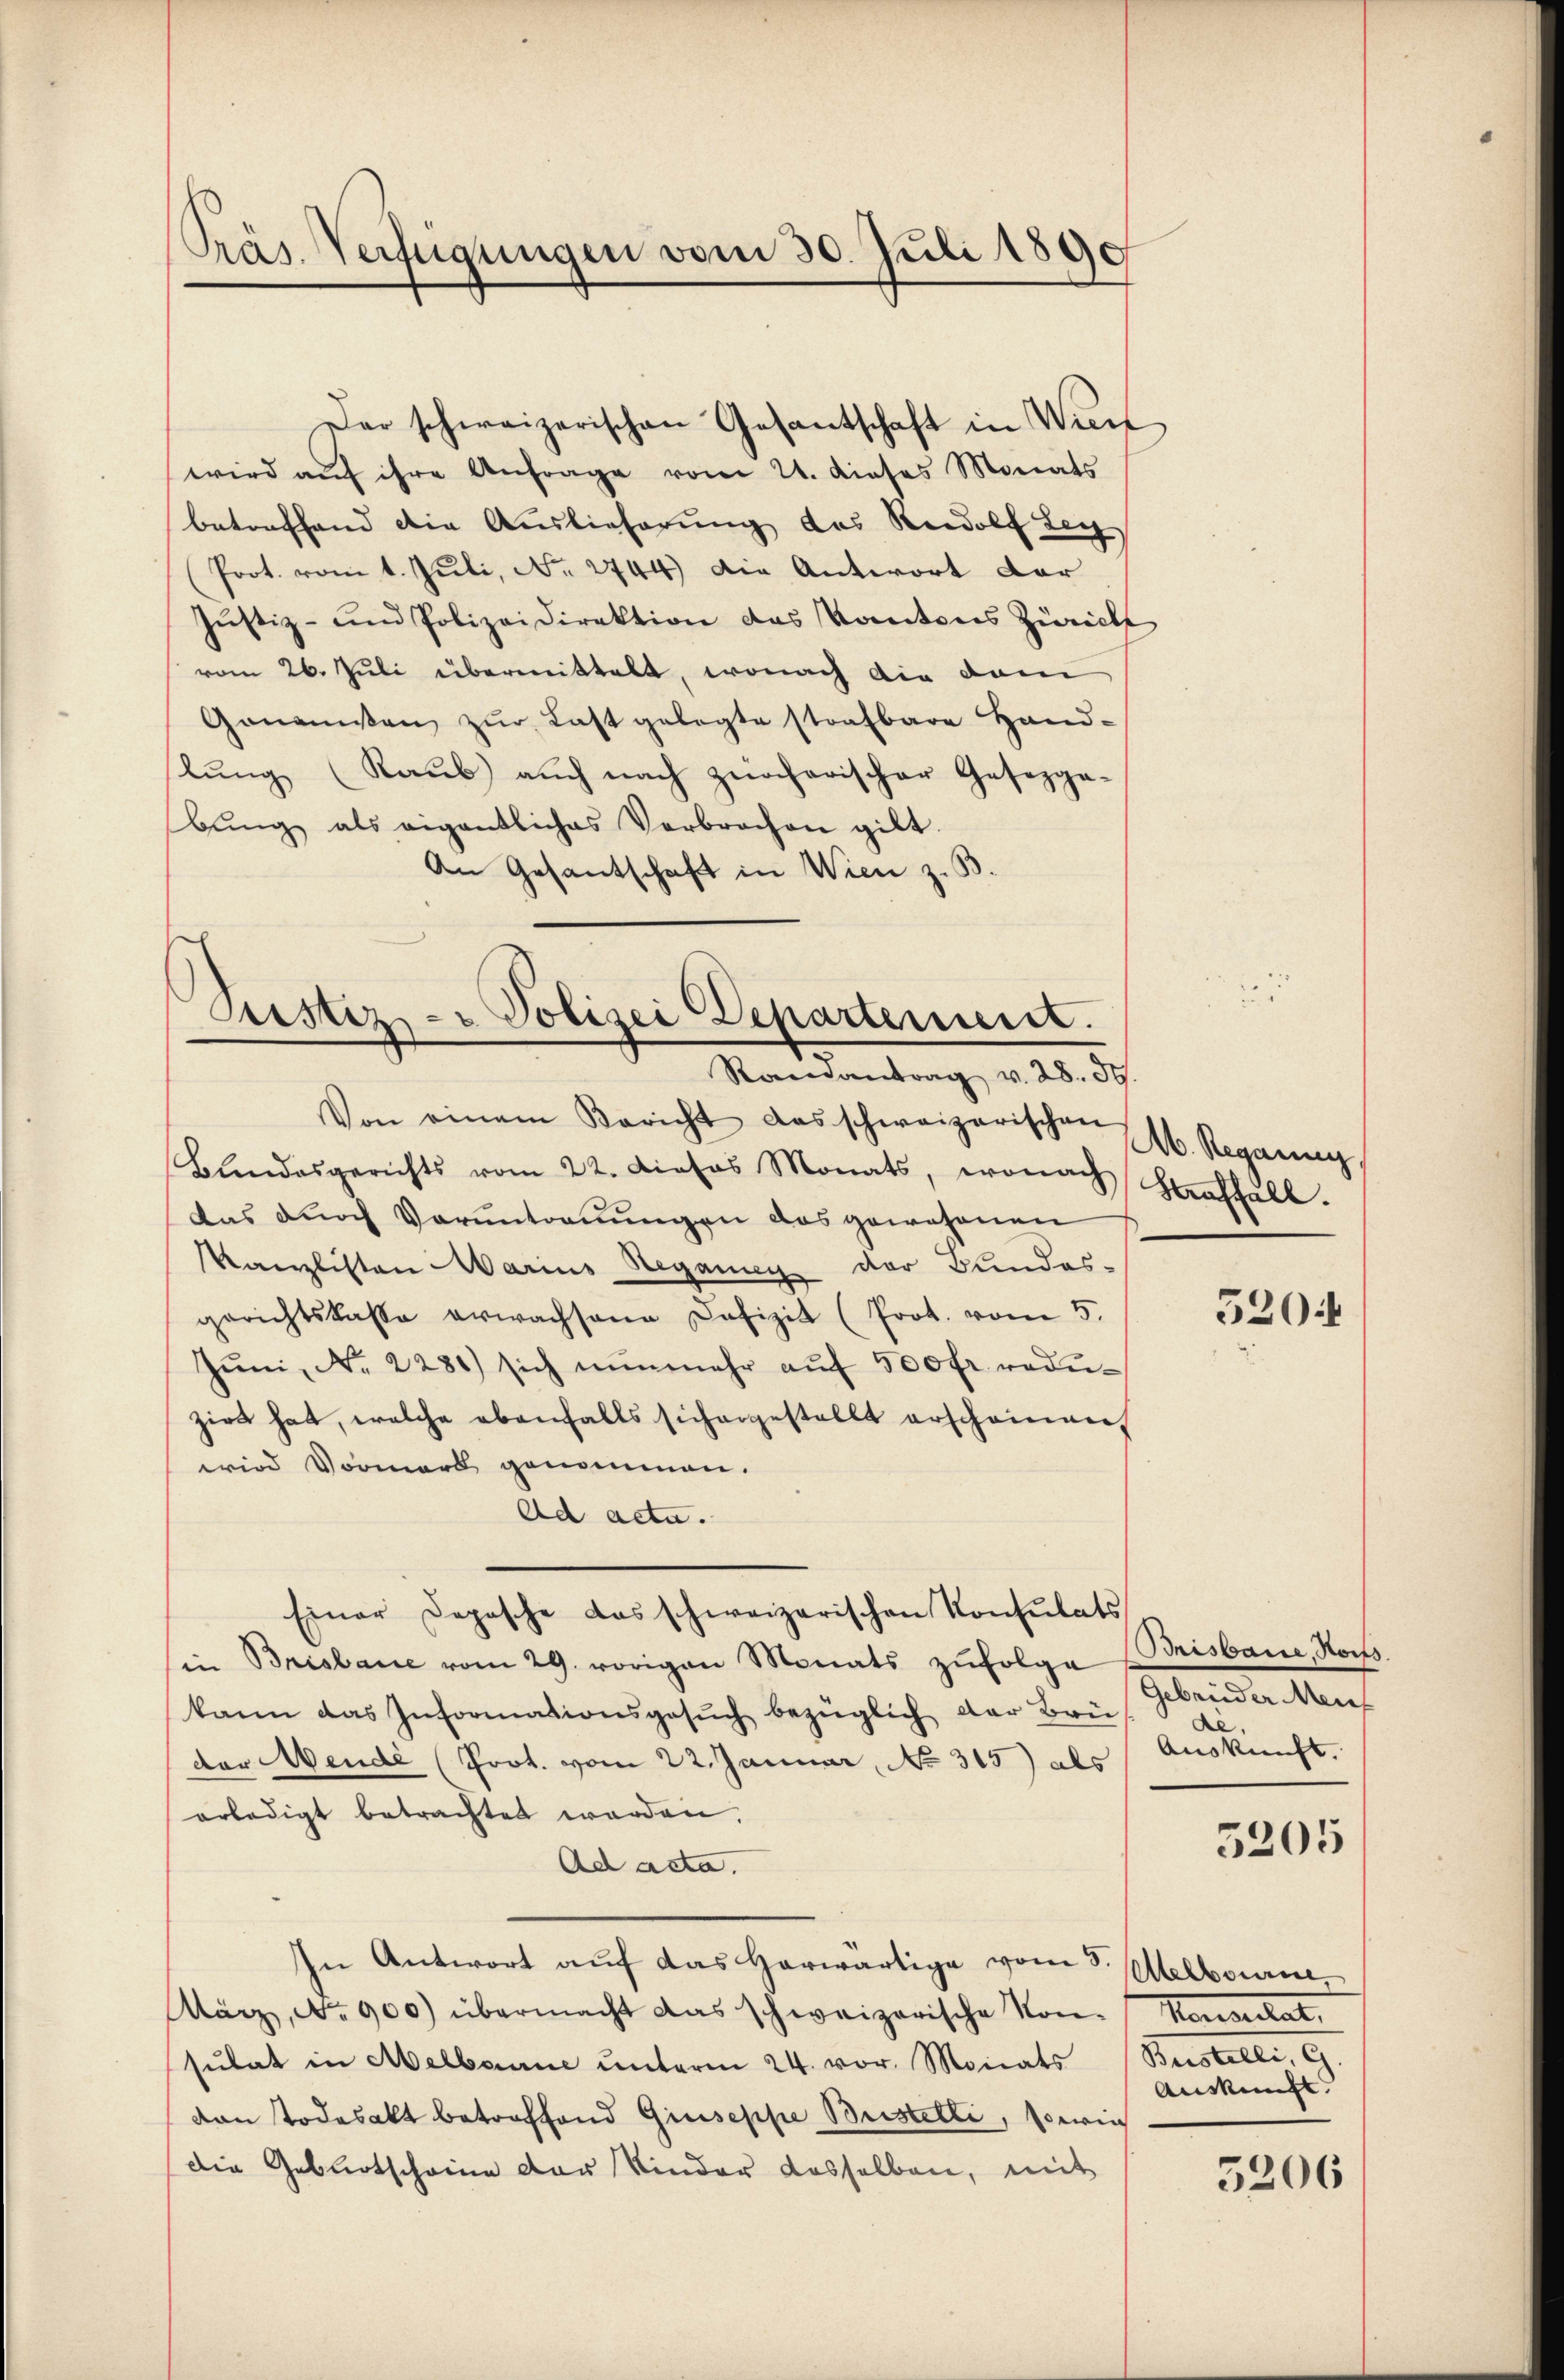
Präs. Verfügungen vom 30. Juli 1890

wird aŭf ihre Anfrage vom 21. dieses Monats
betreffend die Auslieferung des Rudolf Ley
Prot. vom 1. Juli, No. 2744) Die Antwort dar
Justiz- und Polizeidirektion das Kantons Zürich
vom 26. Juli übermittelt, wonach die dam
Gomanien zŭr Last gelegte strafbare Hand-
lung (Raub auch nach zürcherischer Gesezga-
bŭng als eigentliches Verbrochen gibt.
An Gesantschaft in Wien z. B.

Der schweizerischen Gesantschaft in Wirt

Justiz- & Polizei Departement.
Ramantrag v. 28. d.

Einer Depesche das schweizerischen Konsulats

Von einem Bericht das schweizerischen H. Regang,
Blendesgerichts vom 22. dieses Monats, wonach Verhält.
das durch Voruntreuungen das gewesenen
Kanzlisten Marius Regang der Bundes-
gerichtskasse erwachsene Defizit (Prot. vom 5.
Jŭni, No. 2281) sich nŭnmehr aŭf 500 fr. redŭ-
zirt hat, welche ebenfalls sichargestellt erscheinen,
wird Vormark genommen.
Ad acta.
u Brisbare vom 29. vorigen Monats zŭfolge Brisbaue, Nov.
kann das Informationsgesŭch bezüglich der Brü
der Wende (Prot. vom 22. Januar, No 315) als Auskunft.
erledigt betrachtet werden.
Ad acta.
In Antwort auf das Horwärtige vom 3. Melbourne,
März, No 900) übermacht das schweizerische Kon- Konsertat,
sŭltat in Melborne ŭnterm 24. vor. Monats (Bustelli, G.
van Todesalt betroffend Giuseppe Bustelli, sowie
die Geburtscheine der Kinder dasselben, mit

5204

Gebrüder Mens
De

5205

Auskunft.

5206